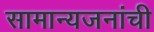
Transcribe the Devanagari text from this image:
सामान्यजनांची